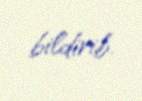
bildirib.